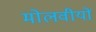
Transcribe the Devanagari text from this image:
मोलवीयों